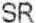
SR